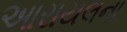
આરાયલના